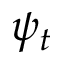
\psi _ { t }